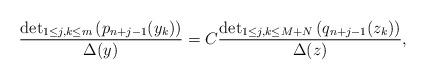
LaTeX: \begin{align*}\frac{\det_{1\leq j,k\leq m}\left(p_{n+j-1}(y_k)\right)}{\Delta(y)}=C\frac{\det_{1\leq j,k\leq M+N}\left(q_{n+j-1}(z_k)\right)}{\Delta(z)}, \end{align*}